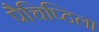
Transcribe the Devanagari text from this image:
पैचिप्टिला